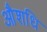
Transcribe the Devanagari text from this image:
औशधि